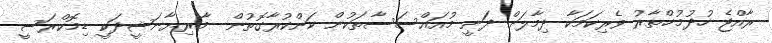
ރާއްޖެ ހުދުމުޚްތާރު ވެރިކަމަކާ ދިމާލަށް ދަނީ މުއައްސަސާތަކުން ކަންކުރާގޮތުން  މާރިޔާނަޝީދަކީ ޑިމޮކްރަސީ